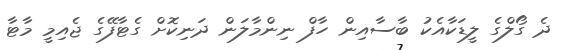
ދެ ގޯލްގެ ލީޑަކާއެކު ބާސާއިން ހާފް ނިންމާލަން ދަނިކޮށް ގެޓާފޭގެ ޖެއިމީ މާޓާ